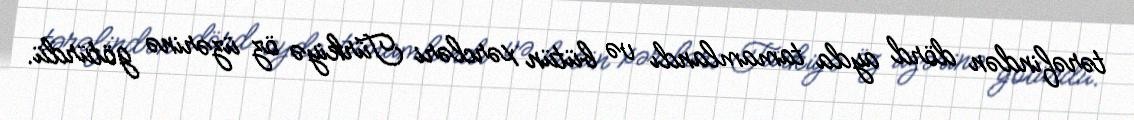
tərəfindən dörd ayda tamamlandı və bütün xərcləri Türkiyə öz üzərinə götürdü.